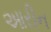
આરીન